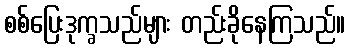
စစ်ပြေးဒုက္ခသည်များ တည်းခိုနေကြသည်။